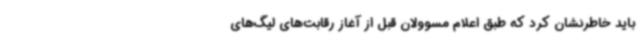
باید خاطرنشان کرد که طبق اعلام مسوولان قبل از آغاز رقابت‌های لیگ‌های